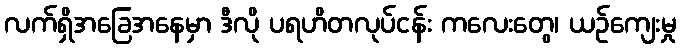
လက်ရှိအခြေအနေမှာ ဒီလို ပရဟိတလုပ်ငန်း ကလေးတွေ၊ ယဉ်ကျေးမှု